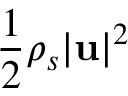
\frac { 1 } { 2 } \rho _ { s } | { \bf u } | ^ { 2 }